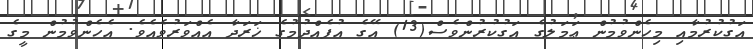
އަގުކުރުމާއި މިހެންވުމުން ޢަމަލުގެ އަގުކުރުންވެސް(13) އޭގެ އުފެއްދުމުގެ ޚަރަދާ އެއްވަރުވެއެވެ. އެހެންވުމުން މީގެ